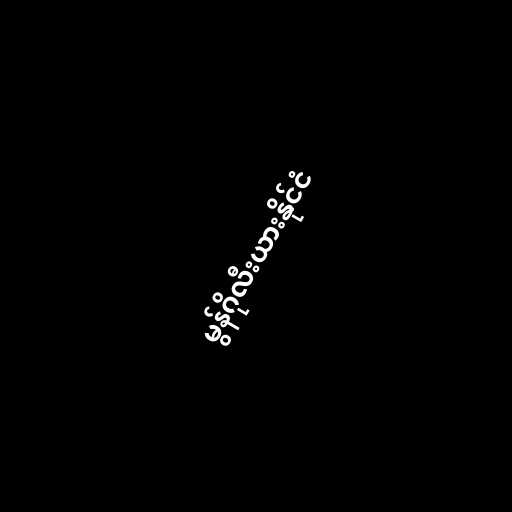
မွန်ဂိုလီးယားနိုင်ငံ